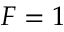
F = 1